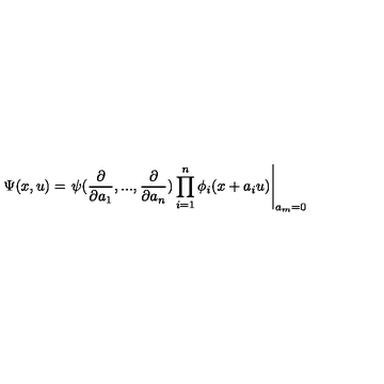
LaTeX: \Psi ( x , u ) = \left. \psi ( \frac { \partial } { \partial a _ { 1 } } , . . . , \frac { \partial } { \partial a _ { n } } ) \prod _ { i = 1 } ^ { n } \phi _ { i } ( x + a _ { i } u ) \right| _ { a _ { m } = 0 }